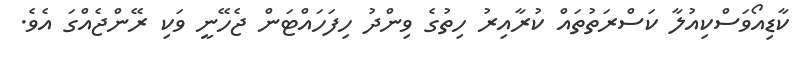
ކާޑިއޯވަސްކިއުލާ ކަސްރަތުތައް ކުރާއިރު ހިތުގެ ވިންދު ހިފަހައްޓަން ޖެހޭނީ ވަކި ރޭންޖެއްގަ އެވެ.